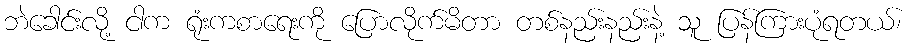
ဘဲခေါင်းလို့ ငါက ရုံးကစာရေးကို ပြောလိုက်မိတာ တစ်နည်းနည်းနဲ့ သူ ပြန်ကြားပုံရတယ်၊